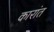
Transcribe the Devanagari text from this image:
कारांत